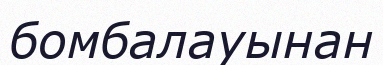
бомбалауынан